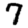
Digit: 7